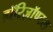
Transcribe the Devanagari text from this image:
हॉरिज़ॉण्टल